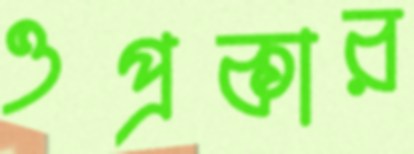
ওপ্রকার